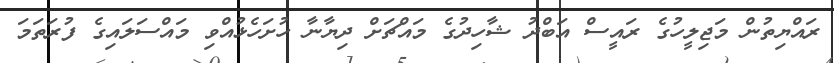
ރައްޔިތުން މަޖިލީހުގެ ރައީސް އަބްދު ޝާހިދުގެ މައްޗަށް ދިޔާނާ ހުށަހެޅުއްވި މައްސަލައިގެ ފުރަތަމަ